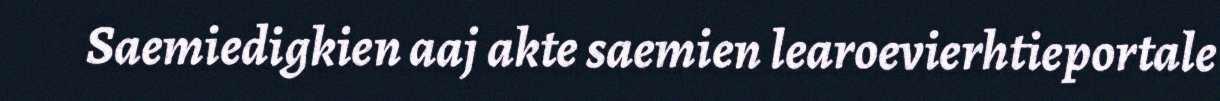
Saemiedigkien aaj akte saemien learoevierhtieportale